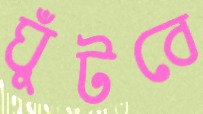
ঘুঁটবে